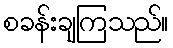
စခန်းချကြသည်။